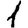
Digit: 1